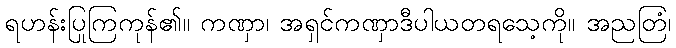
ရဟန်းပြုကြကုန်၏။ ကဏှာ၊ အရှင်ကဏှာဒီပါယတရသေ့ကို။ အညတြံ၊